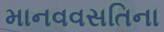
માનવવસતિના